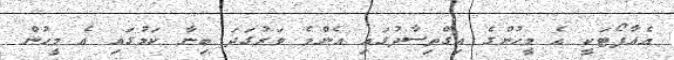
އެއާޕޯޓަކީ އެ މީހުންގެ އިގްތިސާދުގައި އެންމެ ވަރުގަދަ ބިނާ ކަމުގައި އެ މީހުން